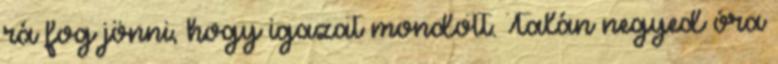
rá fog jönni, hogy igazat mondott. Talán negyed óra